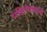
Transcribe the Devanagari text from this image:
पश्चिमेसकडे